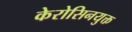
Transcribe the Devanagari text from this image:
केरोसिनयुक्त